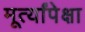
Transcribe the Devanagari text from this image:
मूर्त्यांपेक्षा